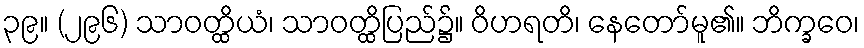
၃၉။ (၂၉၆) သာဝတ္ထိယံ၊ သာဝတ္ထိပြည်၌။ ဝိဟရတိ၊ နေတော်မူ၏။ ဘိက္ခဝေ၊